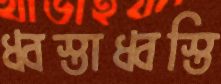
ধ্বস্তাধ্বস্তি